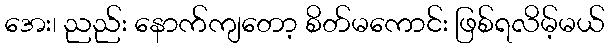
အေး၊ ညည်း နောက်ကျတော့ စိတ်မကောင်း ဖြစ်ရလိမ့်မယ်